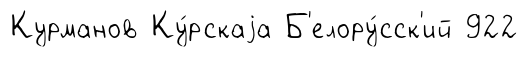
Курманов Ку́рскаjа Б'елору́сск'ий 922